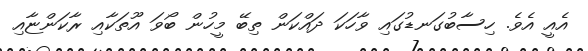
އެއީ އެވެ. ހިސާބުގަނޑުގައި ވާހަކަ ދައްކަން ތިބޭ މީހުން ބޯވަ އޫތަކާއި ރާކަންޏާއި